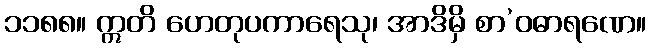
၁၁၈၈။ ဣတိ ဟေတုပကာရေသု၊ အာဒိမှိ စာ’ဝဓာရဏေ။